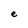
Character: e